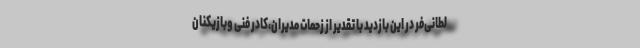
لطانی‌فر در این بازدید با تقدیر از زحمات مدیران،کادر فنی وبازیکنان